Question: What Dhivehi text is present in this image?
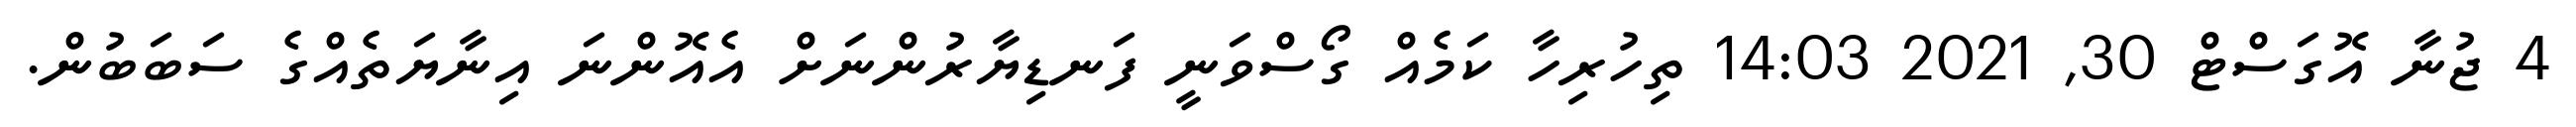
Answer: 4 ޖުނާ އޮގަސްޓް 30, 2021 14:03 ތިހުރިހާ ކަމެއް ގޯސްވަނީ ފަނޑިޔާރުންނަށް އެއޮންނަ އިނާޔަތެއްގެ ސަބަބުން.